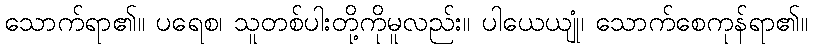
သောက်ရာ၏။ ပရေစ၊ သူတစ်ပါးတို့ကိုမူလည်း။ ပါယေယျုံ၊ သောက်စေကုန်ရာ၏။